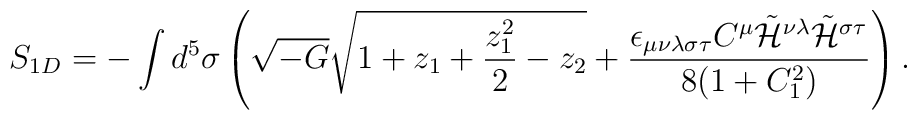
S_{1D} = - \int d^5 \sigma \left(\sqrt{-G}\sqrt{1+z_1+\frac{z_1^2}{2}-z_2}+\frac{\epsilon_{\mu\nu\lambda\sigma\tau}C^{\mu}\tilde{{\cal H}}^{\nu\lambda}\tilde{{\cal H}}^{\sigma\tau}}{8(1+C_1^2)}\right).